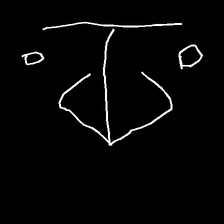
Glyph: earth